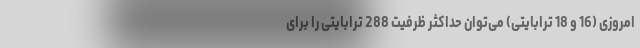
امروزی (16 و 18 ترابایتی) می‌توان حداکثر ظرفیت 288 ترابایتی را برای